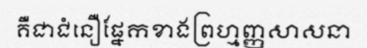
គឺជាជំនឿផ្នែកខាងព្រហ្មញ្ញសាសនា